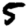
Digit: 5